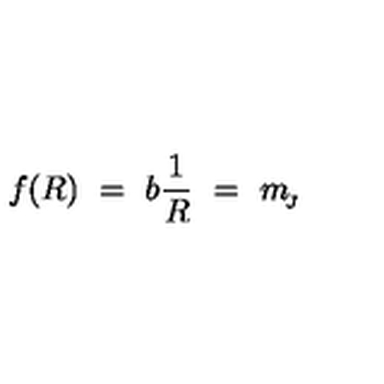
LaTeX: f ( R ) \ = \ b \frac { 1 } { R } \ = \ m _ { \! _ { J } }